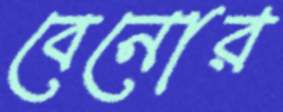
বেনোর